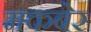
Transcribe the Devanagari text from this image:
मकबेर